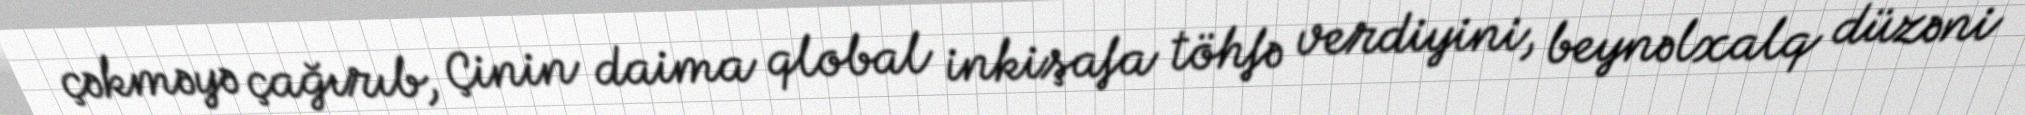
çəkməyə çağırıb, Çinin daima qlobal inkişafa töhfə verdiyini, beynəlxalq düzəni